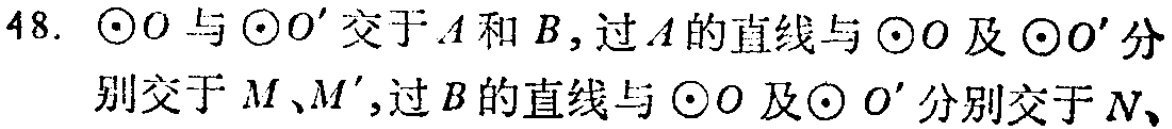
48. $\odot O$ 与 $\odot O'$ 交于 $A$ 和 $B$，过 $A$ 的直线与 $\odot O$ 及 $\odot O'$ 分别交于 $M$、$M'$，过 $B$ 的直线与 $\odot O$ 及 $\odot O'$ 分别交于 $N$、